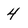
Character: 4